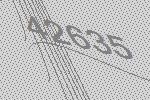
42635